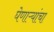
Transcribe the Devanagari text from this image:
घेणाऱ्यांचा